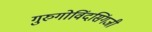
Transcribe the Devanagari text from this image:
गुरुगोविंदसिंगजी